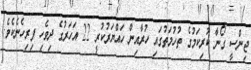
ޖިންސީ ގޯނާ ކުރިކަމުގެ ތުހުމަތުގައި ހުރާއިން ހައްޔަރުކުރީ 22 އަހަރުގެ ދިވެހި ފިރިހެނެކެވެ.